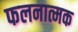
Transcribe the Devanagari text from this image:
फलनात्मक